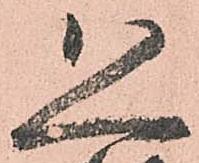
恐